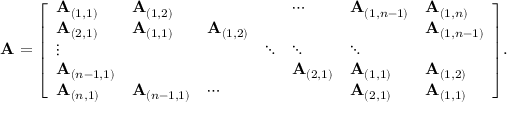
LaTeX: \mathbf { A } = { \left[ \begin{array} { l l l l l l l } { \mathbf { A } _ { ( 1 , 1 ) } } & { \mathbf { A } _ { ( 1 , 2 ) } } & { } & { } & { \cdots } & { \mathbf { A } _ { ( 1 , n - 1 ) } } & { \mathbf { A } _ { ( 1 , n ) } } \\ { \mathbf { A } _ { ( 2 , 1 ) } } & { \mathbf { A } _ { ( 1 , 1 ) } } & { \mathbf { A } _ { ( 1 , 2 ) } } & { } & { } & { } & { \mathbf { A } _ { ( 1 , n - 1 ) } } \\ { \vdots } & { } & { } & { \ddots } & { \ddots } & { \ddots } & { } \\ { \mathbf { A } _ { ( n - 1 , 1 ) } } & { } & { } & { } & { \mathbf { A } _ { ( 2 , 1 ) } } & { \mathbf { A } _ { ( 1 , 1 ) } } & { \mathbf { A } _ { ( 1 , 2 ) } } \\ { \mathbf { A } _ { ( n , 1 ) } } & { \mathbf { A } _ { ( n - 1 , 1 ) } } & { \cdots } & { } & { } & { \mathbf { A } _ { ( 2 , 1 ) } } & { \mathbf { A } _ { ( 1 , 1 ) } } \end{array} \right] } .